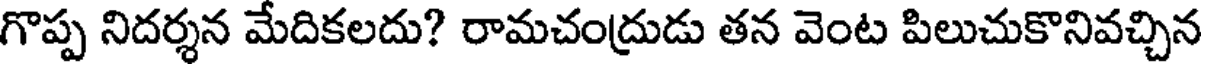
గొప్ప నిదర్శన మేదికలదు? రామచంద్రుడు తన వెంట పిలుచుకొనివచ్చిన